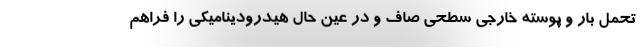
تحمل بار و پوسته خارجی سطحی صاف و در عین حال هیدرودینامیکی را فراهم